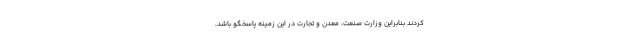
کردند بنابراین وزارت صنعت، معدن و تجارت در این زمینه پاسخگو باشد.